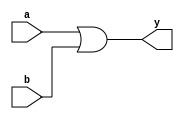
module xup_or2 #(parameter DELAY = 3)(
    input a,
    input b,
    output y
    );
    
    or #DELAY (y,a,b);
    
endmodule